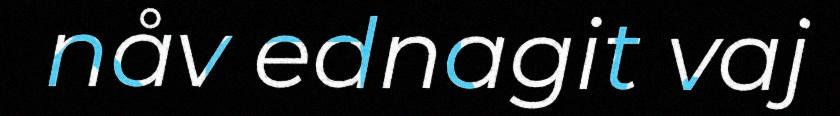
nåv ednagit vaj